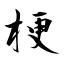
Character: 梗